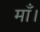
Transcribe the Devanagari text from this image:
माँ।